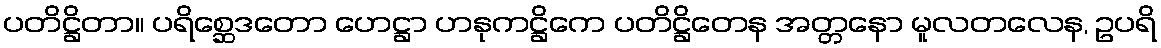
ပတိဋ္ဌိတာ။ ပရိစ္ဆေဒတော ဟေဋ္ဌာ ဟနုကဋ္ဌိကေ ပတိဋ္ဌိတေန အတ္တနော မူလတလေန, ဥပရိ